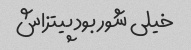
خیلی شور بود پیتزاش